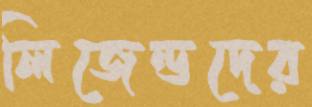
লিজেন্ডদের